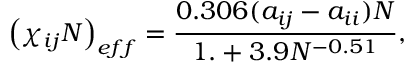
\left( \chi _ { i j } N \right) _ { e f f } = \frac { 0 . 3 0 6 ( a _ { i j } - a _ { i i } ) N } { 1 . + 3 . 9 N ^ { - 0 . 5 1 } } ,